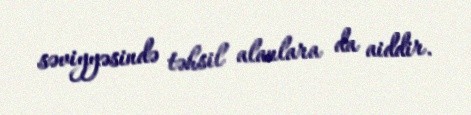
səviyyəsində təhsil alanlara da aiddir.